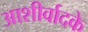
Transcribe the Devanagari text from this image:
आशीर्वादके